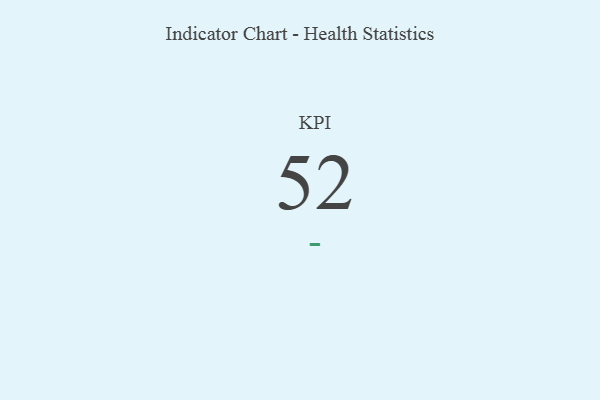
{"axis": {"x": "KPI", "y": "Value"}, "legend": [""], "data": [{"x": "KPI", "y": 52, "type": ""}]}